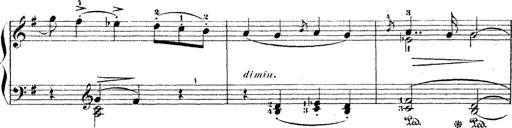
Title: Dem Andenken PetÃ¶fis
Composer: Franz Liszt